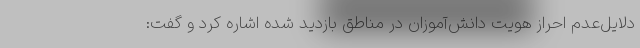
دلایل‌عدم احراز هویت دانش‌آموزان در مناطق بازدید شده اشاره کرد و گفت: